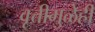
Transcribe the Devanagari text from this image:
वृत्तीमुळेही